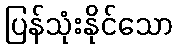
ပြန်သုံးနိုင်သော